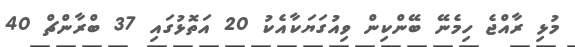
މުޅި ރާއްޖެ ހިމެނޭ ބޭންކިން ވިއުގަޔަކާއެކު 20 އަތޮޅުގައި 37 ބްރާންޗް 40